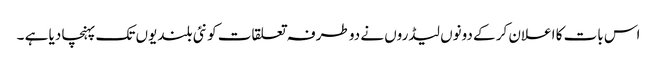
اس بات کا اعلان کر کے دونوں لیڈروں نے دو طرفہ تعلقات کو نئی بلندیوں تک پہنچا دیا ہے ۔